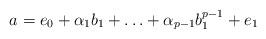
LaTeX: \begin{align*} a= e_0 +\alpha_1b_1 + \ldots +\alpha_{p-1}b_1^{p-1}+e_1 \end{align*}